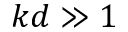
k d \gg 1